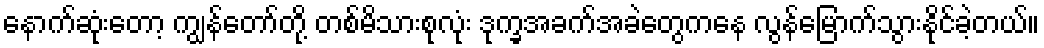
နောက်ဆုံးတော့ ကျွန်တော်တို့ တစ်မိသားစုလုံး ဒုက္ခအခက်အခဲတွေကနေ လွန်မြောက်သွားနိုင်ခဲ့တယ်။